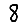
Digit: 8